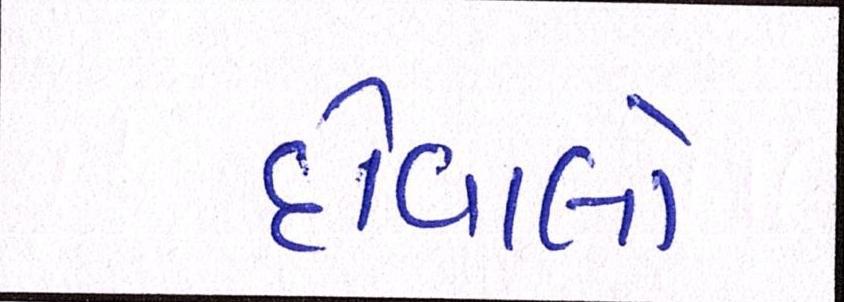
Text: દીવાલો